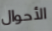
الأحوال